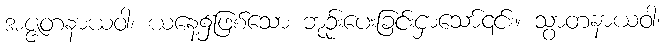
အဇ္ဇတနာယဝါ၊ ယနေ့၌ဖြစ်သော ဘုဉ်းပေးခြင်းငှာသော်၎င်း။ သွာတနာယဝါ၊